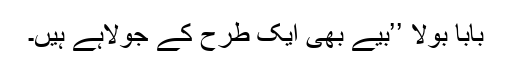
بابا بولا ’’بیے بھی ایک طرح کے جولاہے ہیں۔